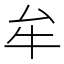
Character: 牟